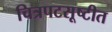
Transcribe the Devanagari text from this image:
चित्रपटसूष्टीत